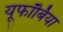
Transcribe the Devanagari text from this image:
यूफॉर्बिया